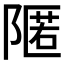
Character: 𮥛